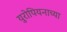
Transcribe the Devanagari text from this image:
युरोपियनाच्या